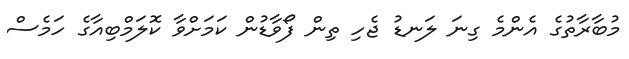
މުބާރާތުގެ އެންމެ ގިނަ ލަނޑު ޖެހި ތިން ފޯވާޑުން ކަމަށްވާ ކޮލަމްބިއާގެ ހަމެސް